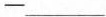
—___